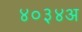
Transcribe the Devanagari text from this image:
४०३४अ